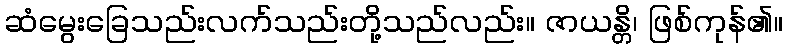
ဆံမွေးခြေသည်းလက်သည်းတို့သည်လည်း။ ဇာယန္တိ၊ ဖြစ်ကုန်၏။